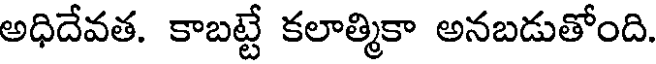
అధిదేవత. కాబట్టే కలాత్మికా అనబడుతోంది.